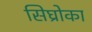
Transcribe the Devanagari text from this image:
सिघ्रोका